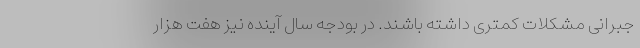
جبرانی مشکلات کمتری داشته باشند. در بودجه سال آینده نیز هفت هزار